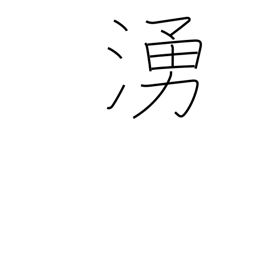
Meaning: uproar